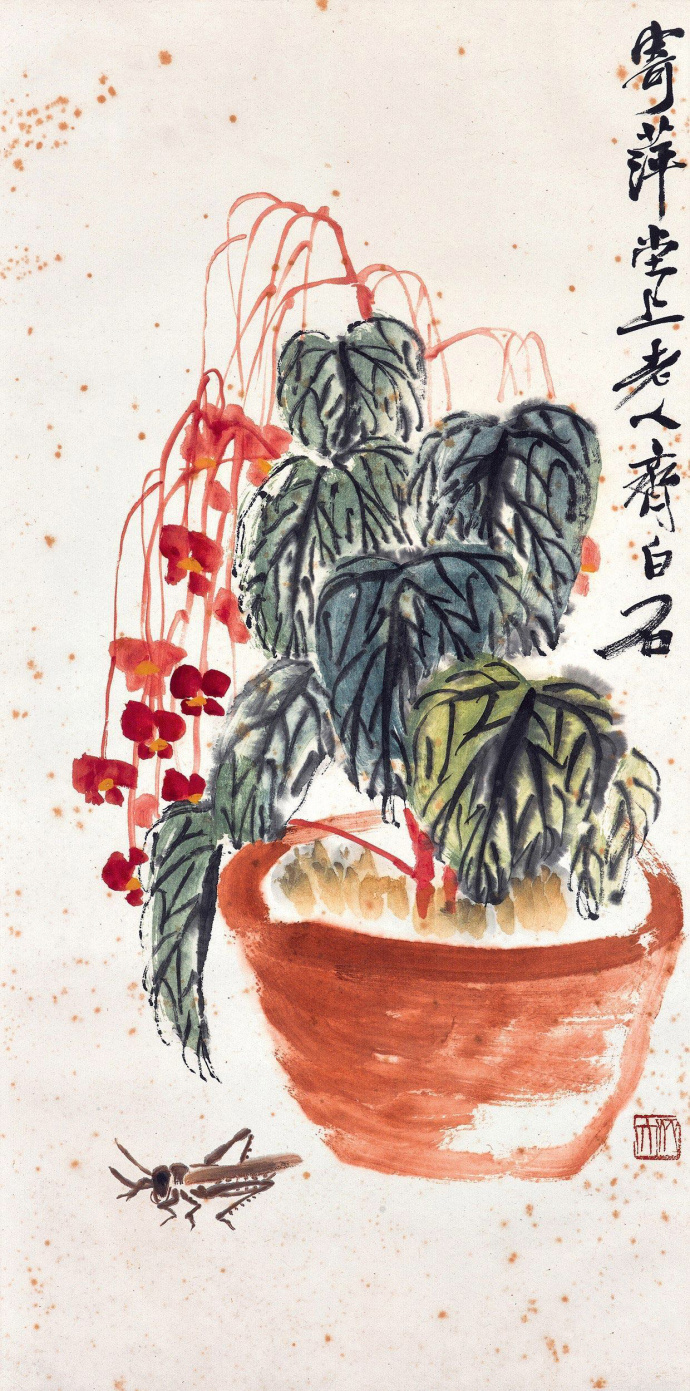
自古逢秋悲寂寥，我言秋日胜春朝。